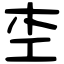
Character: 杢